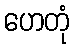
ဟေတုံ